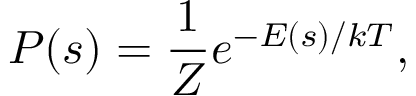
P ( s ) = { \frac { 1 } { Z } } e ^ { - E ( s ) / k T } ,